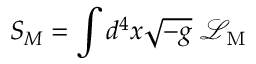
S _ { M } = \int d ^ { 4 } x { \sqrt { - g } } \; { \mathcal { L } } _ { \mathrm { M } }